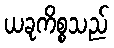
ယခုကိစ္စသည်